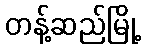
တန့်ဆည်မြို့